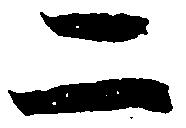
二